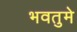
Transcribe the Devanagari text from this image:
भवतुमे